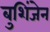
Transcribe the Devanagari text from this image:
बुशिंजेन